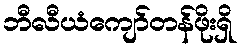
ဘီလီယံကျော်တန်ဖိုးရှိ